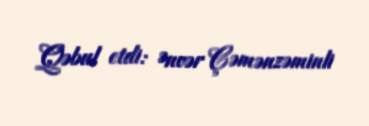
Qəbul etdi: Ənvər Çəmənzəminli